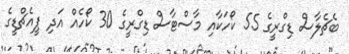
ބެޗެލާސް ޑިގްރީގެ 55 ކޯހަކާއި މާސްޓާސް ޑިގްރީގެ 30 ކޯހެއް އަދި ޕީއެޗްޑީގެ